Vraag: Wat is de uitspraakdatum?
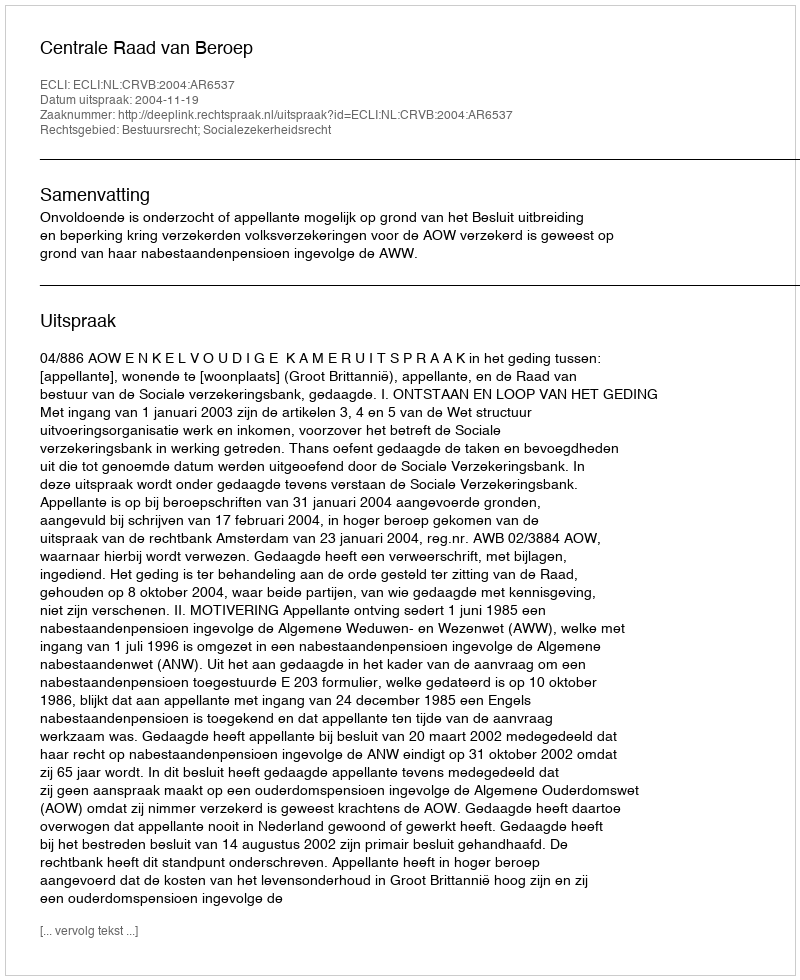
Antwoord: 2004-11-19